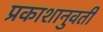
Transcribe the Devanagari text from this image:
प्रकाशानुवर्ती